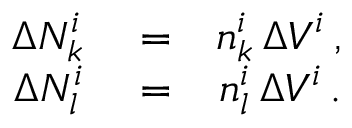
\begin{array} { r l r } { \Delta N _ { k } ^ { i } } & { { } = } & { n _ { k } ^ { i } \, \Delta V ^ { i } \, , } \\ { \Delta N _ { l } ^ { i } } & { { } = } & { n _ { l } ^ { i } \, \Delta V ^ { i } \, . } \end{array}